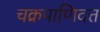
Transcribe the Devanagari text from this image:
चक्रपाणिदत्त